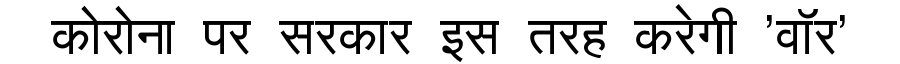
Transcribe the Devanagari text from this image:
कोरोना पर सरकार इस तरह करेगी 'वॉर'